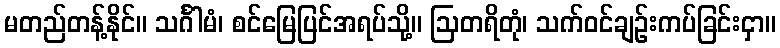
မတည်တန့်နိုင်။ သင်္ဂါမံ၊ စင်မြေပြင်အရပ်သို့။ ဩတရိတုံ၊ သက်ဝင်ချဉ်းကပ်ခြင်းငှာ။